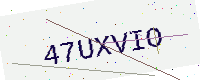
Text: 47UXVIO